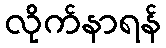
လိုက်နာရန်